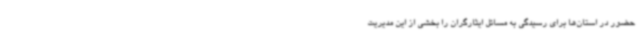
حضور در استان‌ها برای رسیدگی به مسائل ایثارگران را بخشی از این مدیریت